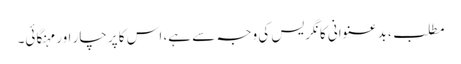
مطلب، بدعنوانی کانگریس کی وجہ سے ہے، اس کا پرچار اور مہنگائی۔